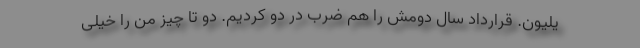
یلیون. قرارداد سال دومش را هم ضرب در دو کردیم. دو تا چیز من را خیلی